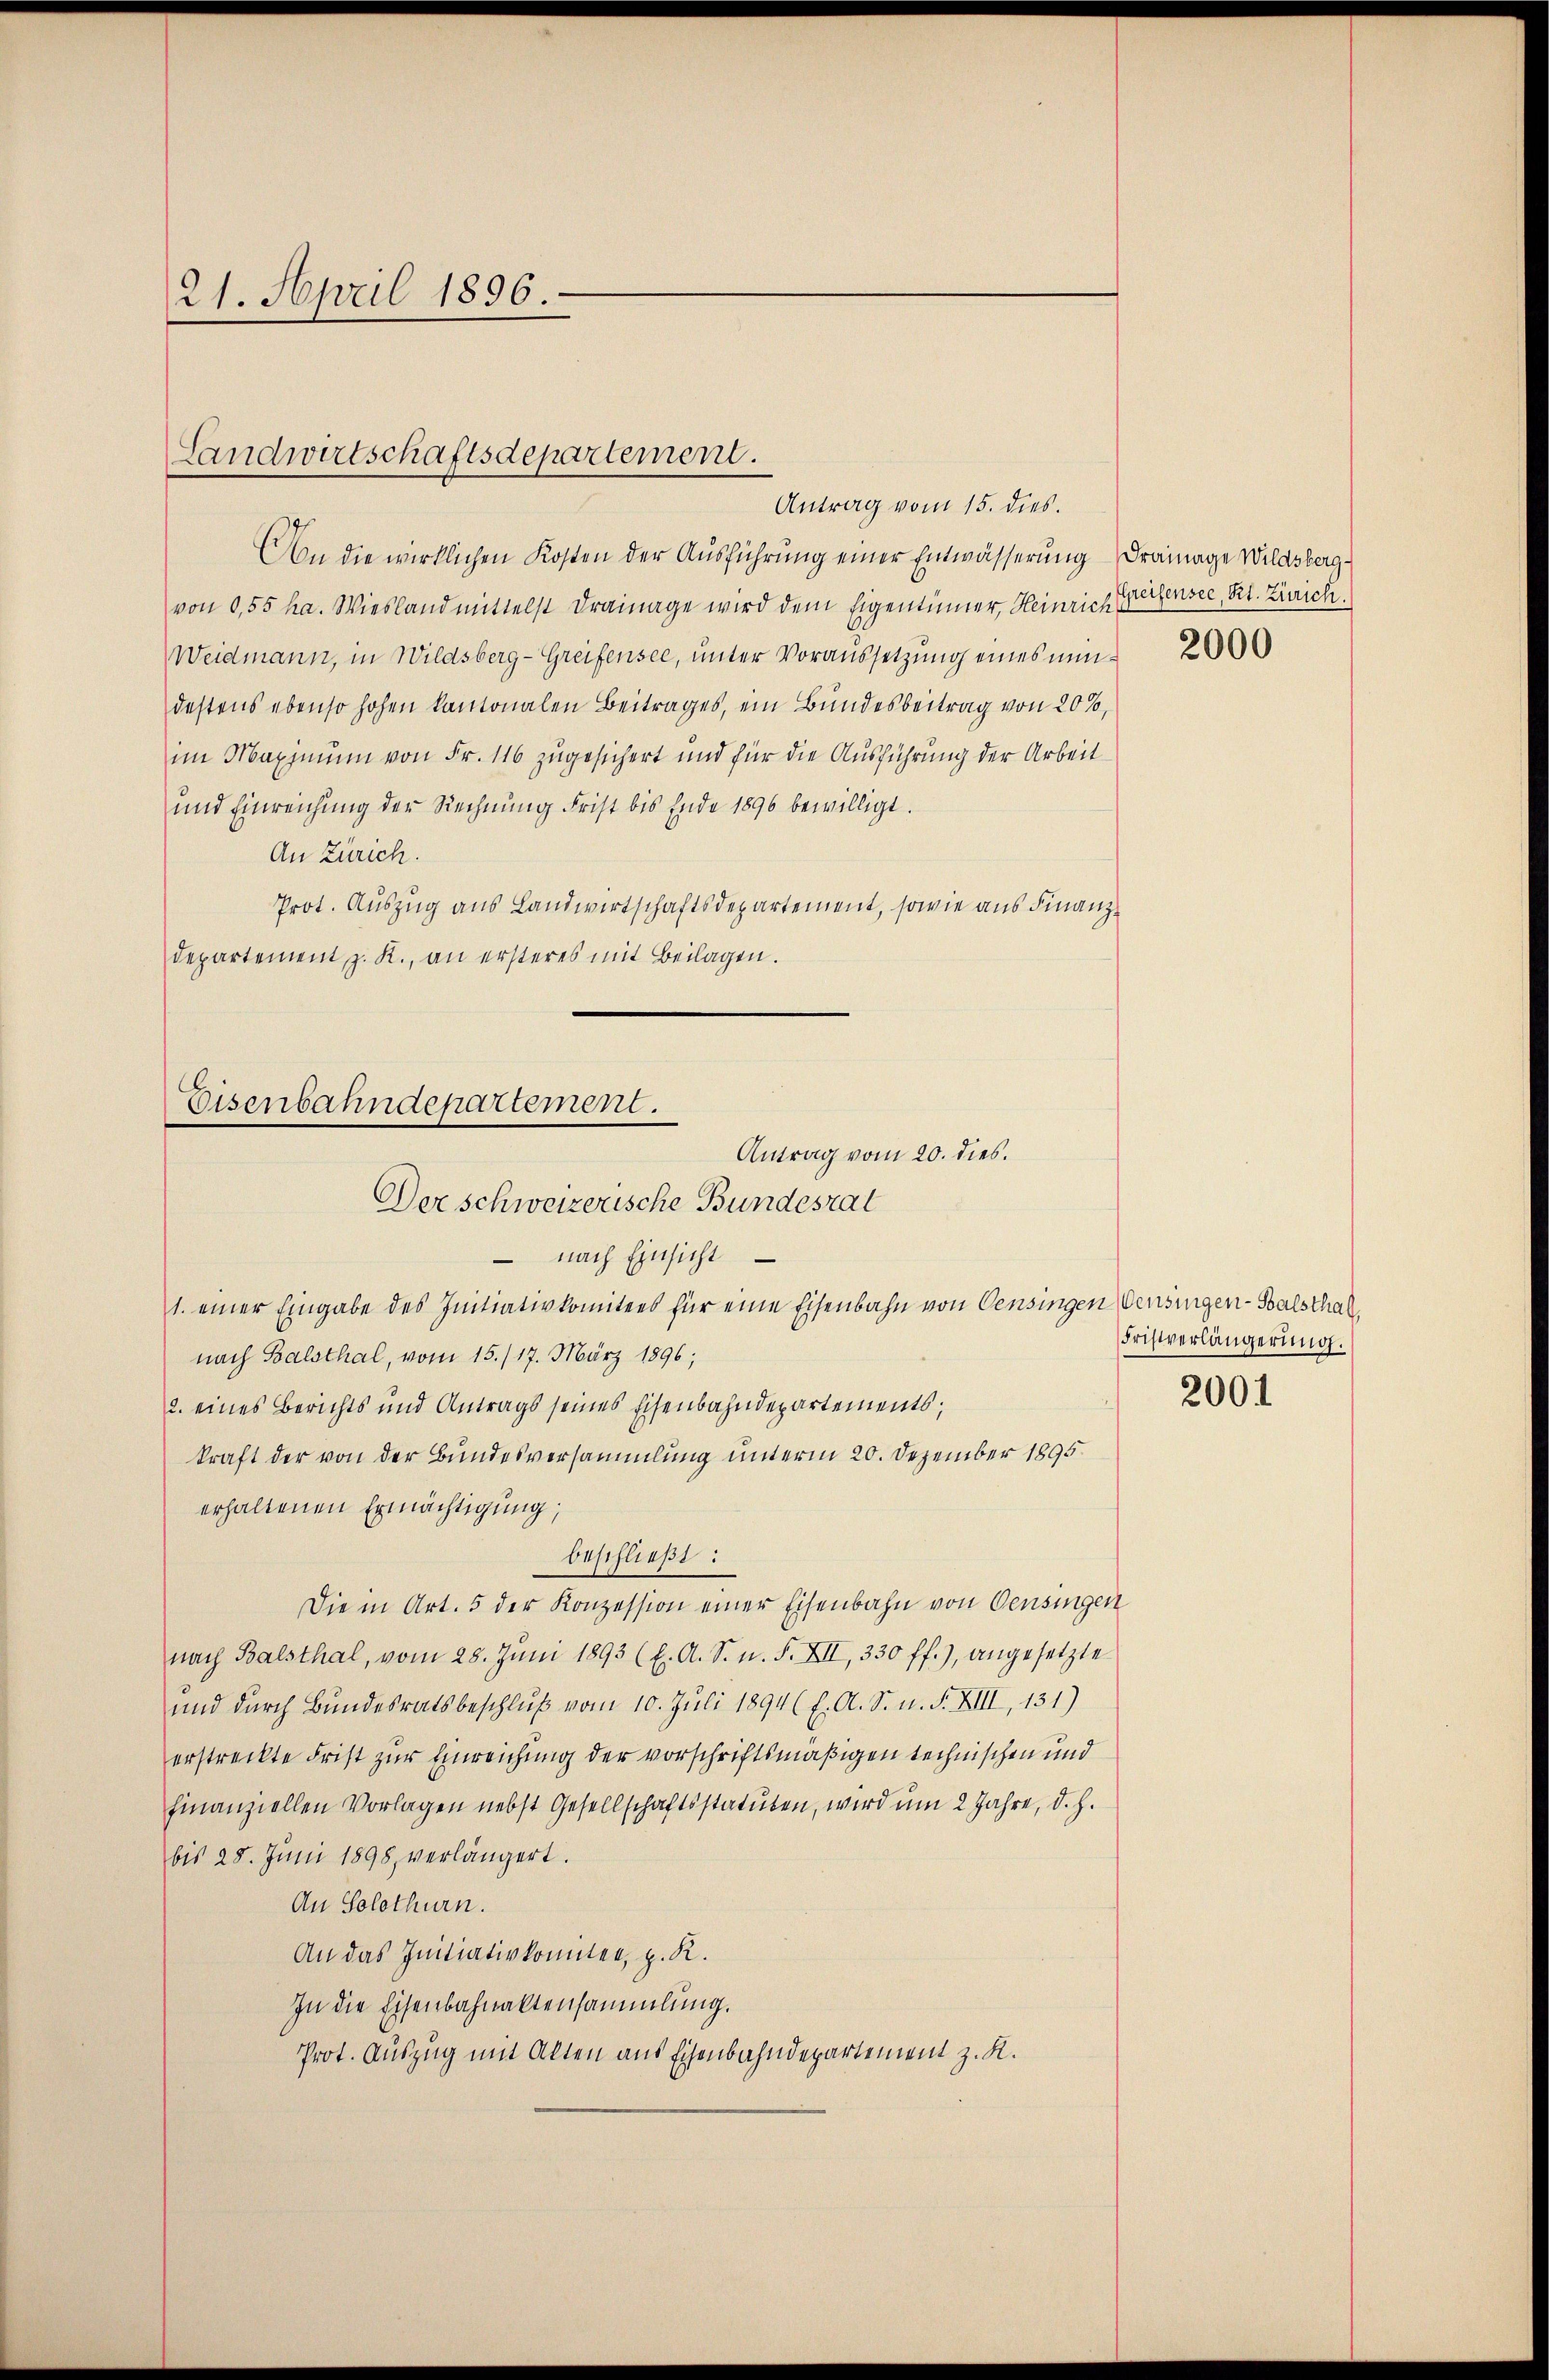
21. April 1896.

Landwirtschaftsdepartement.

Antrag vom 15. dies.
An die wirklichen Kosten der Ausführung einer Entwässerung drainage Wildsberg-
von 0,55 ha. Wiesland mittelst drainage wird dem Eigentümer, Heinrich gegensee, Rt. Zürich.
Weidmann, in Wildsberg - Greifensee, unter Voraussetzung eines nun 2000
destens ebenso hohen kantonalen Beitrages, ein Bundesbeitrag von 20%,
im Maximum von Fr. 116 zugesichert und für die Ausführung der Arbeit
und Einreichung der Rechnŭng Frist bis Ende 1896 bewilligt.
An Zürich.
Prot. Auszug aus Landwirtschaftsdepartement, sowie aus Finanzdepartement z. R., an ersteres mit Beilagen.
Der schweizerische Bundesrat
– nach Einsicht
1. einer Eingabe des Initiativkomitees für eine Eisenbahn von Censingen Versingen-Salsthal
nach Balsthal, vom 15./17. März 1896;
2. eines Berichts und Antrags seines Eisenbahndepartements;
kraft der von der Bundesversammlung unterm 20. Dezember 1895
erhaltenen Ermächtigung;
beschließt:
Die in Art. 5 der Konzession einer Eisenbahn von Oensingen
nach Balsthal, vom 28. Jŭni 1893 (l. A. S. n. F. XII, 330 ff.), angesetzte
und durch Bundesratsbeschluß vom 10. Juli 1894 (l. A. S. n. F. XIII, 131)
erstreckte Frist zur Einreichung der vorschriftsmäßigen technischen und
finanziellen Vorlagen nebst Gesellschaftsstatuten, wird um 2 Jahre, d. h.
bis 28. Juni 1898, verlängert.
An Solothurn.
An das Initiativkonnten, z. R.
In die Eisenbahnaltensammlung.
Prot. Auszug mit Alten aus Eisenbahndepartement z. R.

Eisenbahndepartement.
Antrag vom 20. dies.

Fristverlängerung.

2001